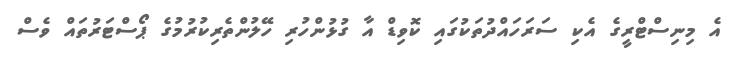
އެ މިނިސްޓްރީގެ އެކި ސަރަހައްދުތަކުގައި ކޮވިޑް އާ ގުޅުންހުރި ހޭލުންތެރިކުރުމުގެ ޕޯސްޓަރުތައް ވެސް